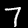
Label: 7